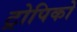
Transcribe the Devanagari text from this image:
ट्रोपिको